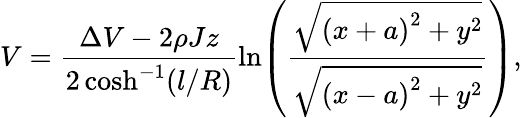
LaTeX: V=\frac{\Delta V-2\rho Jz}{2\cosh^{-1}(l/R)}\ln\! \left(\frac{\sqrt{\left(x+a\right)^{2}+y^{2}}}{\sqrt{\left(x-a\right)^{2}+y^{2}}}\right),